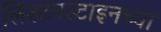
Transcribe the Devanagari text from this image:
लिश्टनस्टाइनच्या